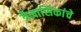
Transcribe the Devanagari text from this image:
त्रैमासिकांचे